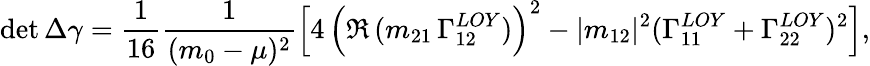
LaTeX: \operatorname*{det}\Delta\gamma=\frac{1}{16}\frac{1}{(m_{0}-\mu)^{2}}\Big[4\, \Big(\Re\, (m_{21}\, {\Gamma}_{12}^{LOY}){\Big)}^{2}-|m_{12}|^{2}({\Gamma}_{11}^{LOY}+{\Gamma}_{22}^{LOY})^{2}\Big],